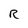
Character: R